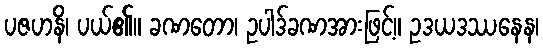
ပဇဟနိ၊ ပယ်၏။ ခဏတော၊ ဥပါဒ်ခဏအားဖြင့်။ ဥဒယဒဿနေန၊